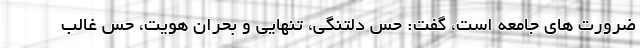
ضرورت های جامعه است، گفت: حس دلتنگی، تنهایی و بحران هویت، حس غالب